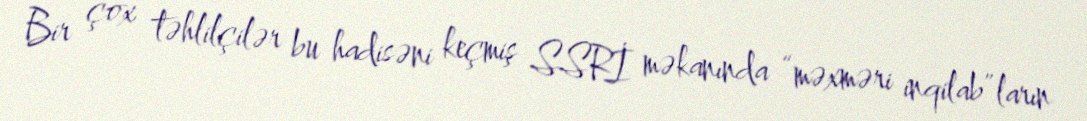
Bir çox təhlilçilər bu hadisəni keçmiş SSRİ məkanında “məxməri inqilab”ların